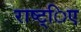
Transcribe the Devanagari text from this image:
राष्ट्िए